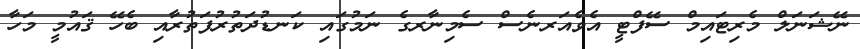
ނޭޝަނަލް މެރިޓައިމް ސޭފްޓީ އެވެއަރނެސް ސެމިނާރގެ ނަމުގައި ކަނޑުދަތުރުފަތުރާއި ބެހޭ ޤައުމީ މަހާ